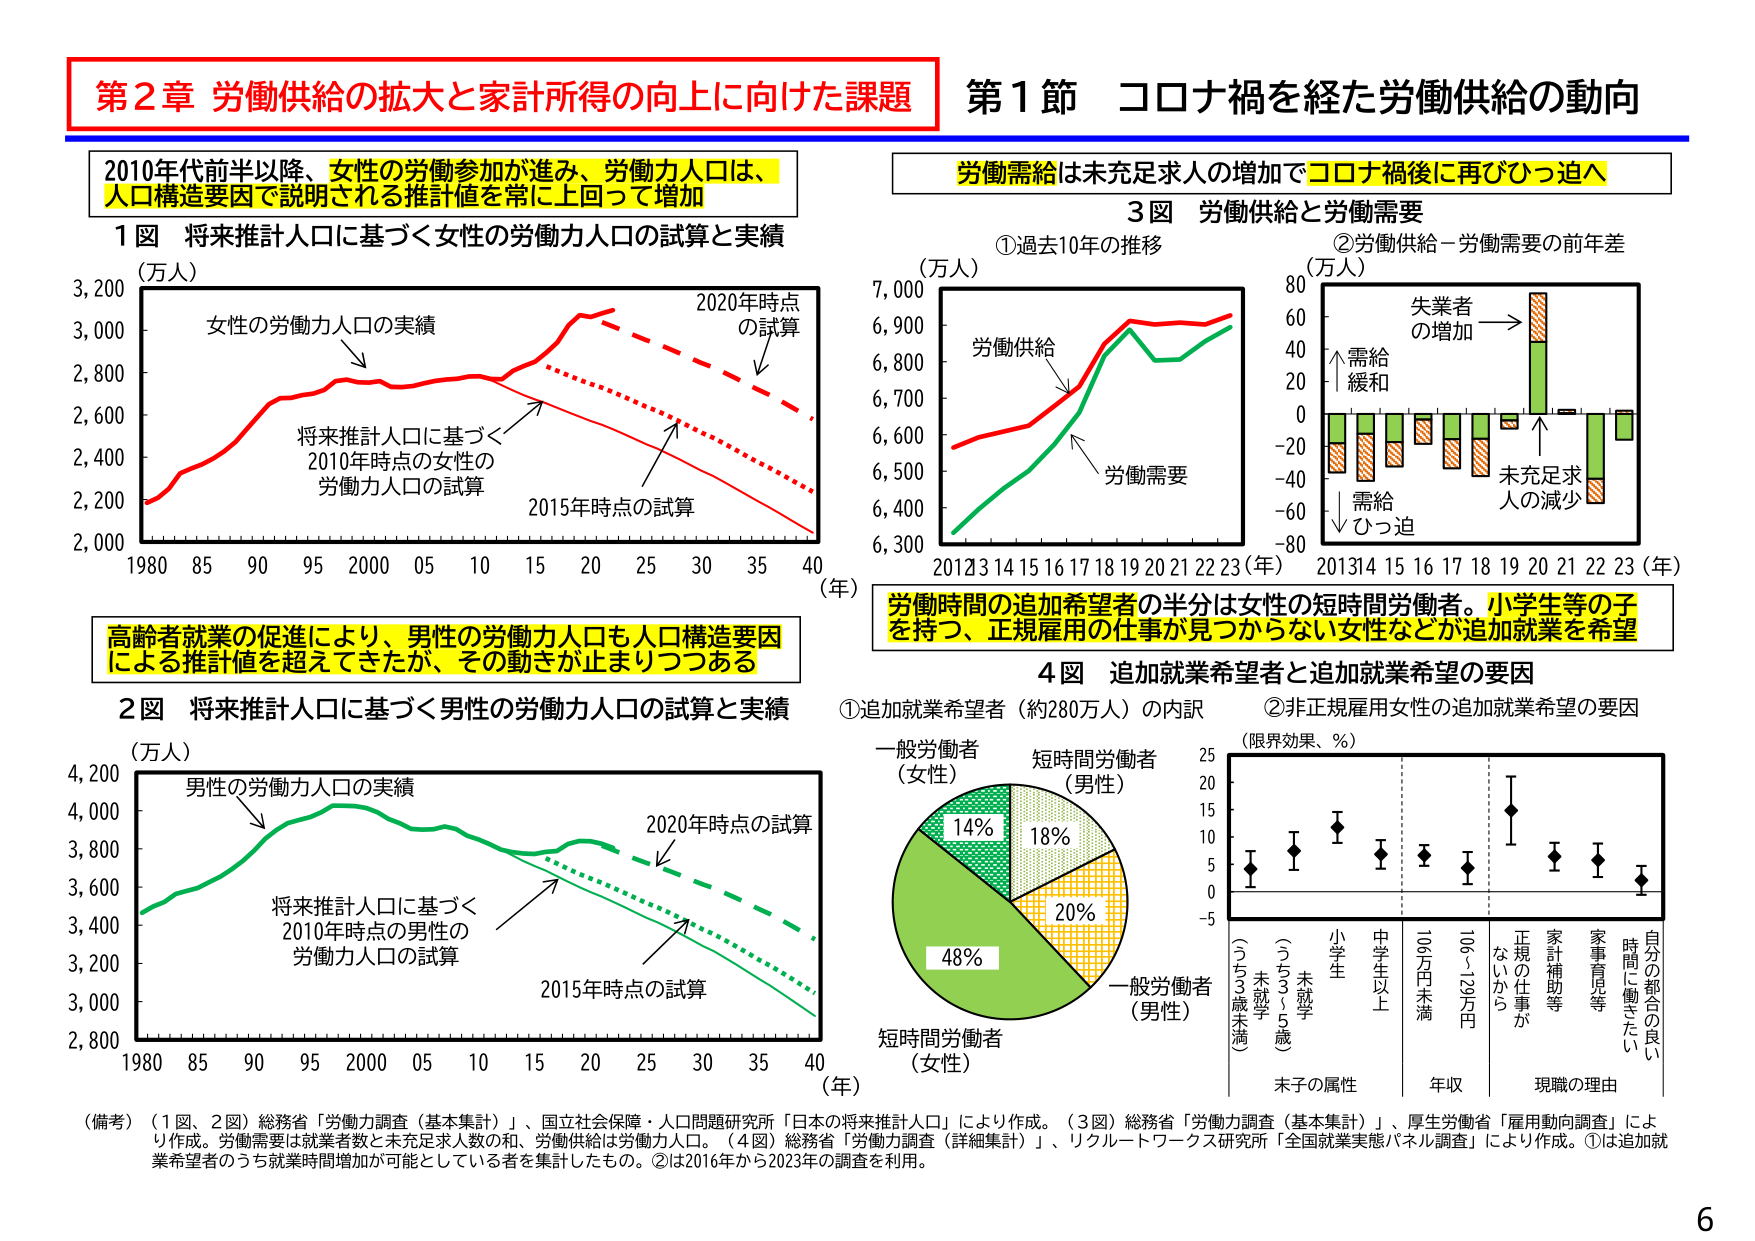
第2章 労働供給の拡大と家計所得の向上に向けた課題
第1節 コロナ禍を経た労働供給の動向

2010年代前半以降、女性の労働参加が進み、労働力人口は、人口構造要因で説明される推計値を常に上回って増加

1図 将来推計人口に基づく女性の労働力人口の試算と実績
（万人）
女性の労働力人口の実績
将来推計人口に基づく2010年時点の女性の労働力人口の試算
2015年時点の試算
2020年時点の試算
1980 85 90 95 2000 05 10 15 20 25 30 35 40（年）

高齢者就業の促進により、男性の労働力人口も人口構造要因による推計値を超えてきたが、その動きが止まりつつある

2図 将来推計人口に基づく男性の労働力人口の試算と実績
（万人）
男性の労働力人口の実績
将来推計人口に基づく2010年時点の男性の労働力人口の試算
2015年時点の試算
2020年時点の試算
1980 85 90 95 2000 05 10 15 20 25 30 35 40（年）

労働需給は未充足求人の増加でコロナ禍後に再びひっ迫へ

3図 労働供給と労働需要
①過去10年の推移
（万人）
労働供給
労働需要
2012 13 14 15 16 17 18 19 20 21 22 23（年）
②労働供給－労働需要の前年差
（万人）
失業者の増加 →
需給緩和
需給ひっ迫
未充足求人の減少
2013 14 15 16 17 18 19 20 21 22 23（年）

労働時間の追加希望者の半分は女性の短時間労働者。小学生等の子を持つ、正規雇用の仕事が見つからない女性などが追加就業を希望

4図 追加就業希望者と追加就業希望の要因
①追加就業希望者（約280万人）の内訳
一般労働者（女性）14%
短時間労働者（男性）18%
一般労働者（男性）48%
短時間労働者（女性）20%
②非正規雇用女性の追加就業希望の要因
（限界効果、％）
未就学（うち3歳未満）
未就学（うち3～5歳）
小学生
中学生以上
106万円未満
106～129万円
正規の仕事がないから
家計補助等
家事育児等
自分の都合の良い時間に働きたい
末子の属性 年収 現職の理由

（備考）（1図、2図）総務省「労働力調査（基本集計）」、国立社会保障・人口問題研究所「日本の将来推計人口」により作成。（3図）総務省「労働力調査（基本集計）」、厚生労働省「雇用動向調査」により作成。労働需要は就業者数と未充足求人数の和、労働供給は労働力人口。（4図）総務省「労働力調査（詳細集計）」、リクルートワークス研究所「全国就業実態パネル調査」により作成。①は追加就業希望者のうち就業時間増加が可能としている者を集計したもの。②は2016年から2023年の調査を利用。

6